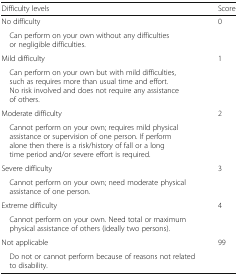
<table><thead><tr><td><b>Difficulty levels</b></td><td><b>Score</b></td></tr></thead><tbody><tr><td>No difficulty</td><td>0</td></tr><tr><td> Can perform on your own without any difficulties or negligible difficulties.</td><td></td></tr><tr><td>Mild difficulty</td><td>1</td></tr><tr><td> Can perform on your own but with mild difficulties, such as requires more than usual time and effort. No risk involved and does not require any assistance of others.</td><td></td></tr><tr><td>Moderate difficulty</td><td>2</td></tr><tr><td> Cannot perform on your own; requires mild physical assistance or supervision of one person. If perform alone then there is a risk/history of fall or a long time period and/or severe effort is required.</td><td></td></tr><tr><td>Severe difficulty</td><td>3</td></tr><tr><td> Cannot perform on your own; need moderate physical assistance of one person.</td><td></td></tr><tr><td>Extreme difficulty</td><td>4</td></tr><tr><td> Cannot perform on your own. Need total or maximum physical assistance of others (ideally two persons).</td><td></td></tr><tr><td>Not applicable</td><td>99</td></tr><tr><td> Do not or cannot perform because of reasons not related to disability.</td><td></td></tr></tbody></table>